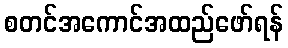
စတင်အကောင်အထည်ဖော်ရန်